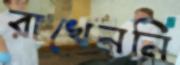
রাখেননি